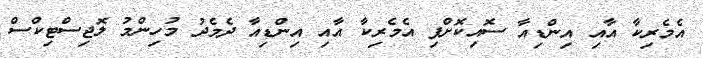
އެމެރިކާ އާއި އިންޑިއާ ސޮއިކޮށްފި އެމެރިކާ އާއި އިންޑިއާ ދެމެދު މުހިންމު ލޮޖިސްޓިކްސް